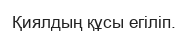
Қиялдың құсы егіліп.